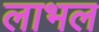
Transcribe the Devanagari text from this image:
लाभल